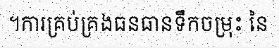
។ការគ្រប់គ្រងធនធានទឹកចម្រុះ នៃ